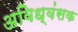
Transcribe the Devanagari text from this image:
अविध्वंसक